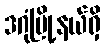
ဒဂုံမြို့နယ်ရှိ